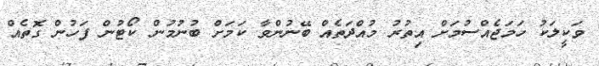
ވަކީލަކު ހަމަޖެއްސުމަށް އިތުރު މުއްދަތެއް ބޭނުންވާ ކަމަށް ބުނުމުން ކޯޓުން ފަހުން ގޮތެއް